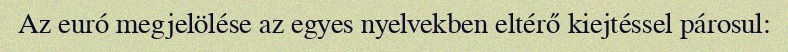
Az euró megjelölése az egyes nyelvekben eltérő kiejtéssel párosul: